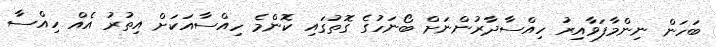
ބަހަން ނިންމާފަވާއިރު ހިއްސާދާރުންނަށް ބޯނަހުގެ ގޮތުގައި ކޮންމެ ހިއްސާއަކަށް އިތުރު އެއް ހިއްސާ